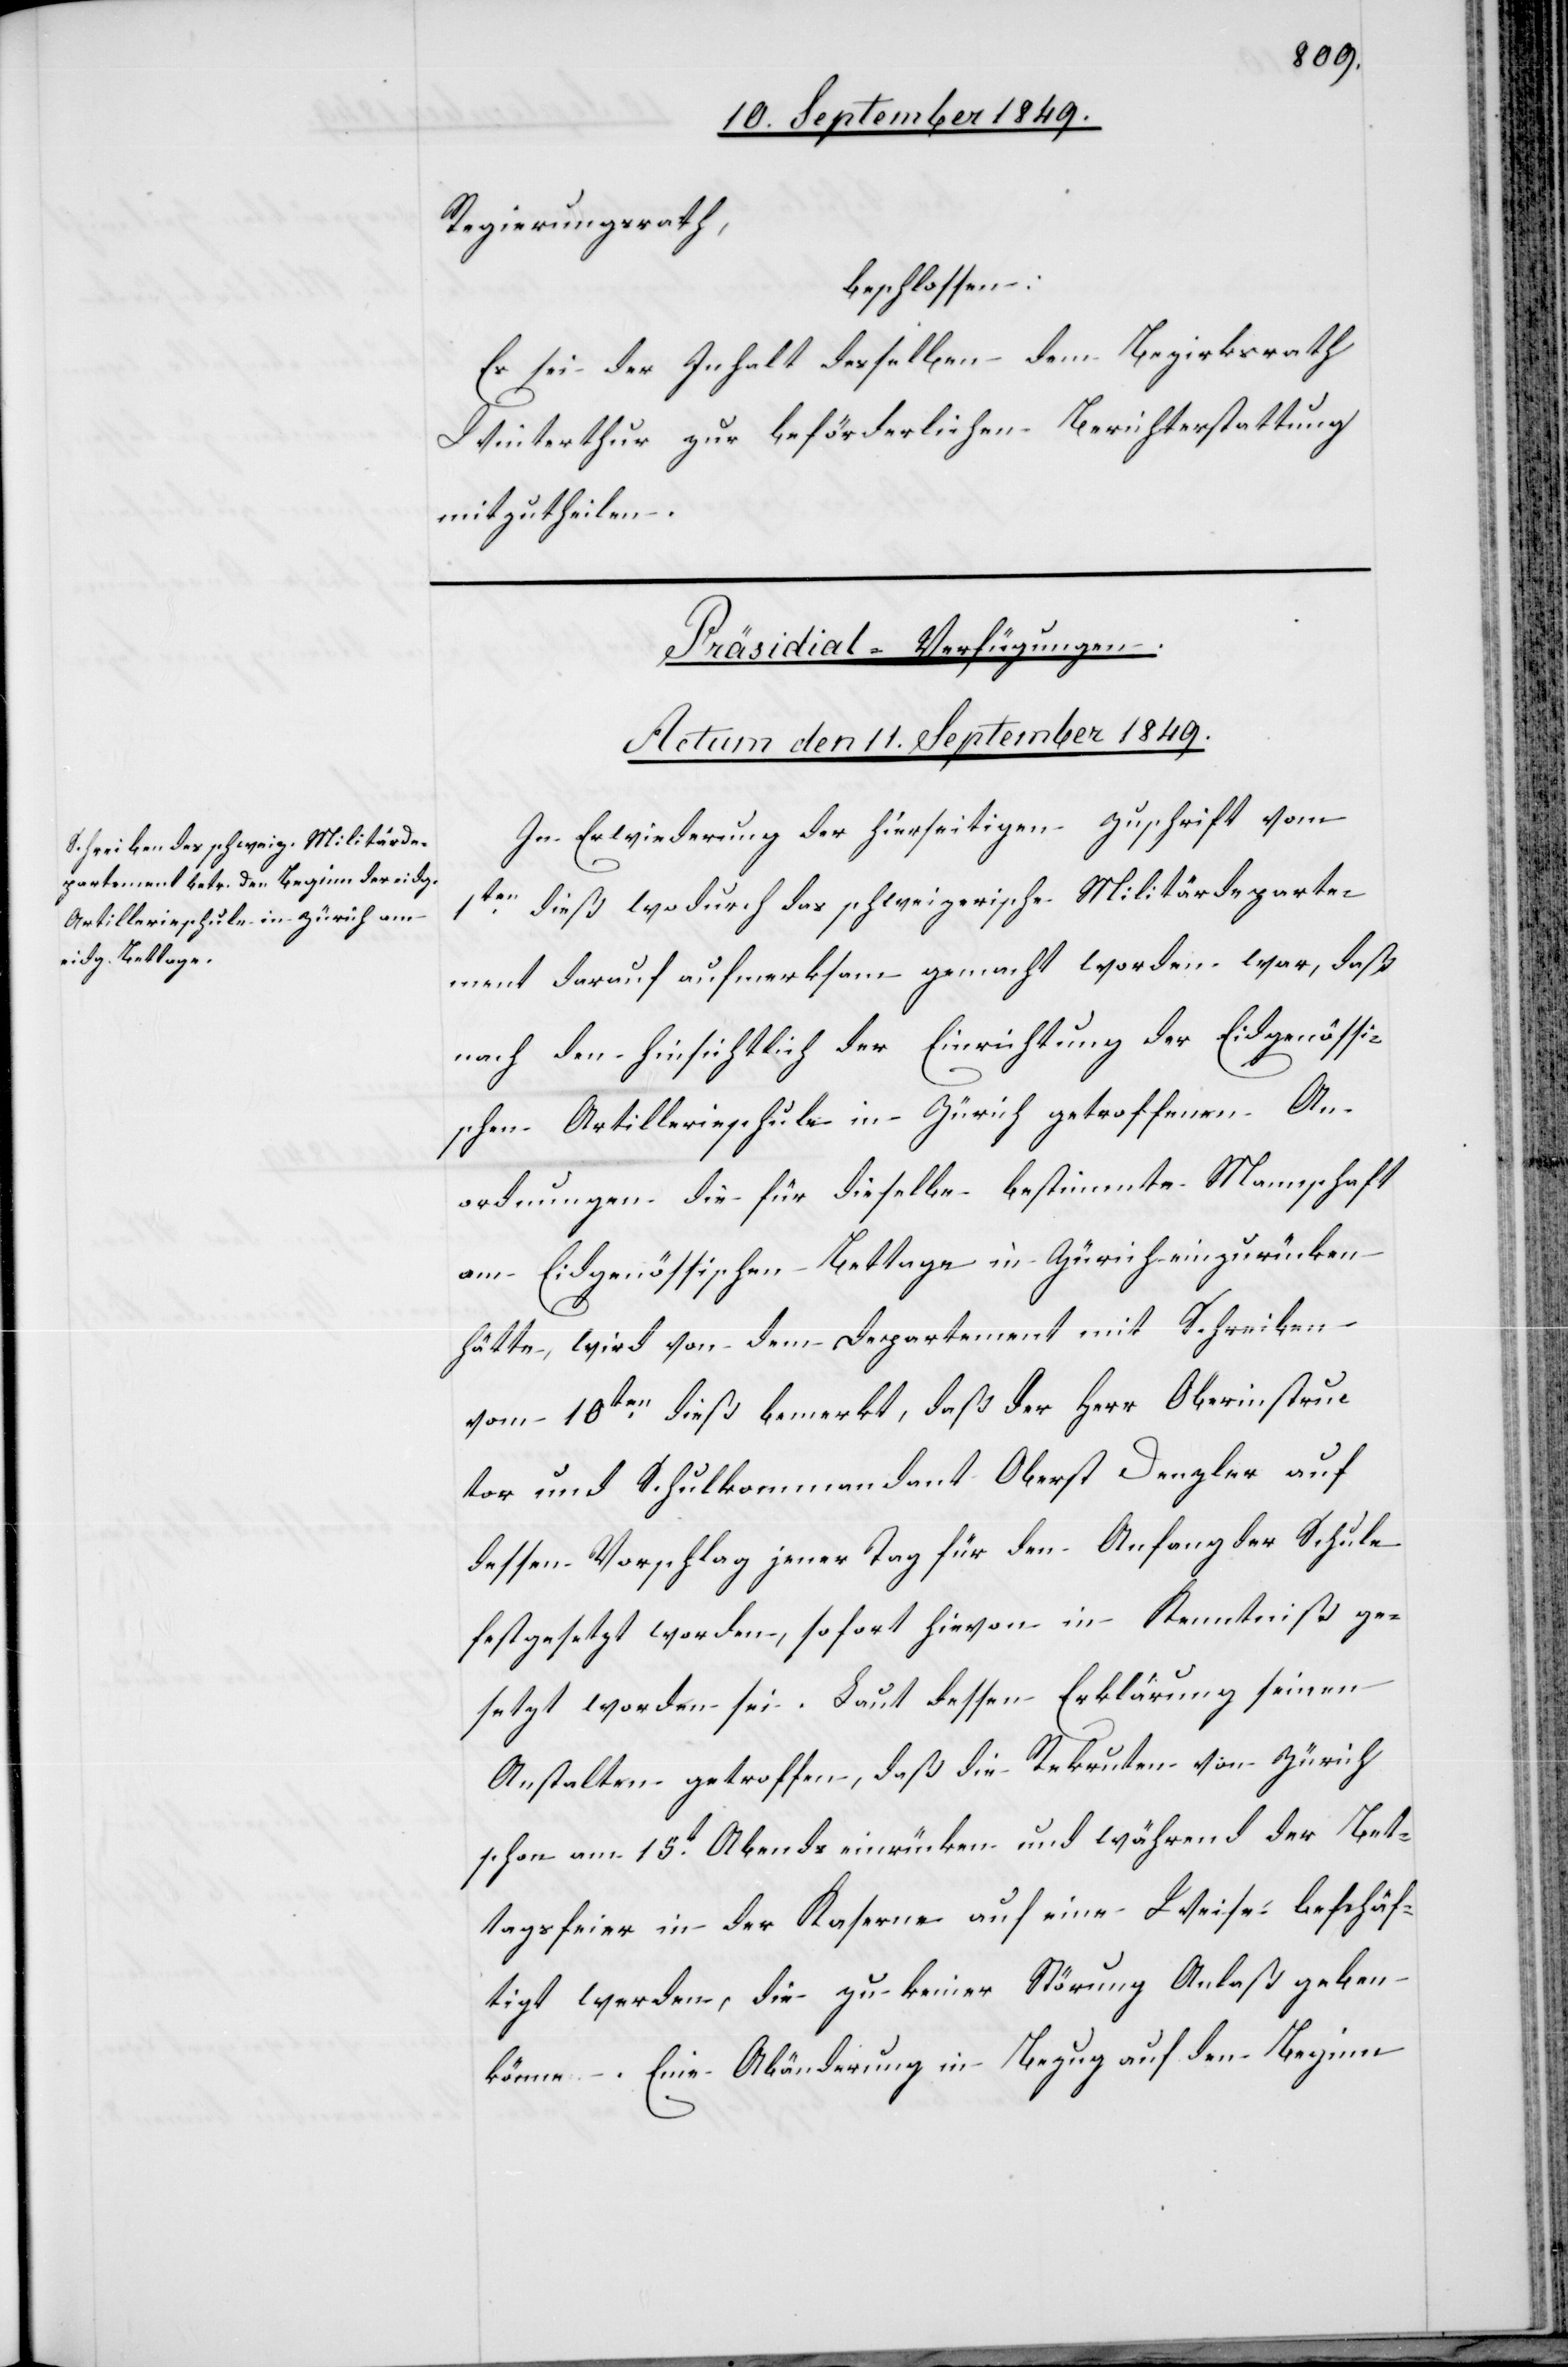
Regierungsrath,
beschlossen:
Es sei der Inhalt desselben dem Bezirksrath
Winterthur zur beförderlichen Berichterstattung
mitzutheilen.
[Präsidial-Verfügungen.]
Actum den 11. September 1849.
In Erwiederung der hierseitigen Zuschrift vom
1ten dieß wodurch das schweizerische Militärdeparte¬
ment darauf aufmerksam gemacht worden war, daß
nach den hinsichtlich der Einrichtung der Eidgenössi¬
schen Artillerieschule in Zürich getroffenen An¬
ordnungen die für dieselbe bestimmte Mannschaft
am Eidgenössischen Bettage in Zürich einzurücken
hätte, wird von dem Departement mit Schreiben
vom 10ten dieß bemerkt, daß der Herr Oberinstruc¬
tor und Schulkommandant Oberst Denzler auf
dessen Vorschlag jener Tag für den Anfang der Schule
festgesetzt worden, sofort hievon in Kenntniß ge¬
setzt worden sei. Laut dessen Erklärung seinen
Anstalten getroffen [sic!], daß die Rekruten von Zürich
schon am 15t Abends einrücken und während der Bet¬
tagsfeier in der Kaserne auf eine Weise beschäf¬
tigt werden, die zu keiner Störung Anlaß geben
könne. Eine Abänderung in Bezug auf den Beginn